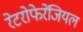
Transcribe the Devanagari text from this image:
रेटरोफेरेंजियल